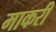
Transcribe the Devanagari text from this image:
माकरी